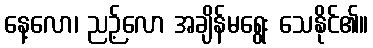
နေ့လော၊ ညဉ့်လော အချိန်မရွေး သေနိုင်၏။